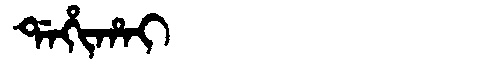
Manchu: ᡩᠠᡥᡳᡥᠠᡳ
Romanization: DAHIHAI